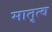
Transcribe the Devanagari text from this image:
मातृ्त्व